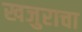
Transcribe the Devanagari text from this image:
खजुराचा